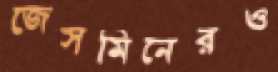
জেসমিনেরও